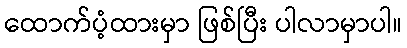
ထောက်ပံ့ထားမှာ ဖြစ်ပြီး ပါလာမှာပါ။